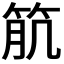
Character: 𥬾